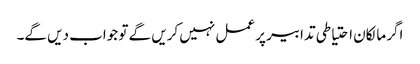
اگر مالکان احتیاطی تدابیر پر عمل نہیں کریں گے تو جواب دیں گے۔